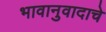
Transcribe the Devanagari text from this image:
भावानुवादाचे